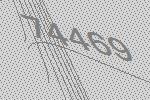
74469